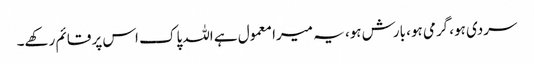
سردی ہو، گرمی ہو، بارش ہو، یہ میرا معمول ہے اللہ پاک اس پر قائم رکھے۔